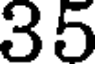
35